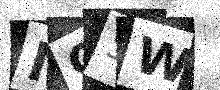
Text: MC5W